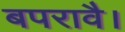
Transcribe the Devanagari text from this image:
बपरावै।